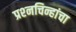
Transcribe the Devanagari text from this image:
प्रश्‍नचिन्हांचा